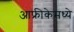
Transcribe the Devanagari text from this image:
आफ्रीकेमध्ये